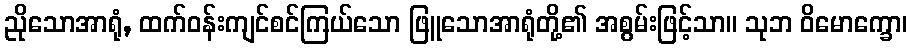
ညိုသောအာရုံ, ထက်ဝန်းကျင်စင်ကြယ်သော ဖြူသောအာရုံတို့၏ အစွမ်းဖြင့်သာ။ သုဘ ဝိမောက္ခော၊